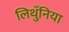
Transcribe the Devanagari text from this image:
लिथुँनिया